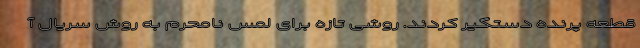
قطعه پرنده دستگیر کردند. روشی تازه برای لمس نامحرم به روش سریال آ